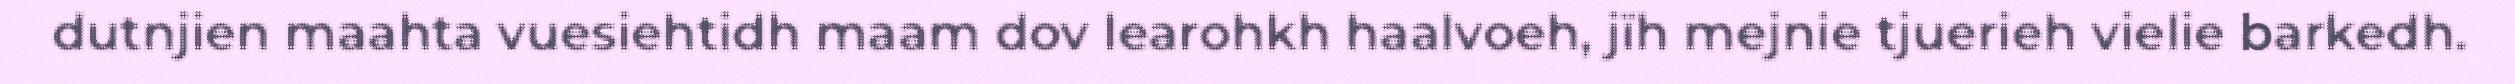
dutnjien maahta vuesiehtidh maam dov learohkh haalvoeh, jïh mejnie tjuerieh vielie barkedh.